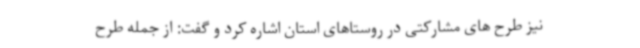
نیز طرح های مشارکتی در روستاهای استان اشاره کرد و گفت: از جمله طرح